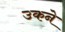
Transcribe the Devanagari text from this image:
उकने